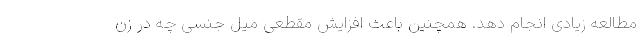
مطالعه زیادی انجام دهد. همچنین باعث افزایش مقطعی میل جنسی چه در زن